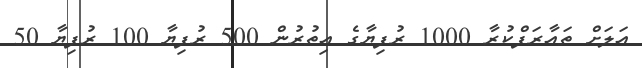
އަލަށް ތައާރަފްކުރާ 1000 ރުފިޔާގެ އިތުރުން 500 ރުފިޔާ 100 ރުފިޔާ 50